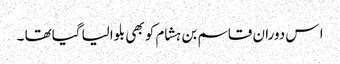
ا س دوران قاسم بن ہشام کو بھی بلوالیا گیاتھا ۔